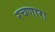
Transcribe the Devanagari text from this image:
रचणारा